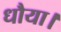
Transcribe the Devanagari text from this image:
धौया।